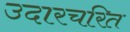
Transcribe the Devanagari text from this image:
उदारचरित